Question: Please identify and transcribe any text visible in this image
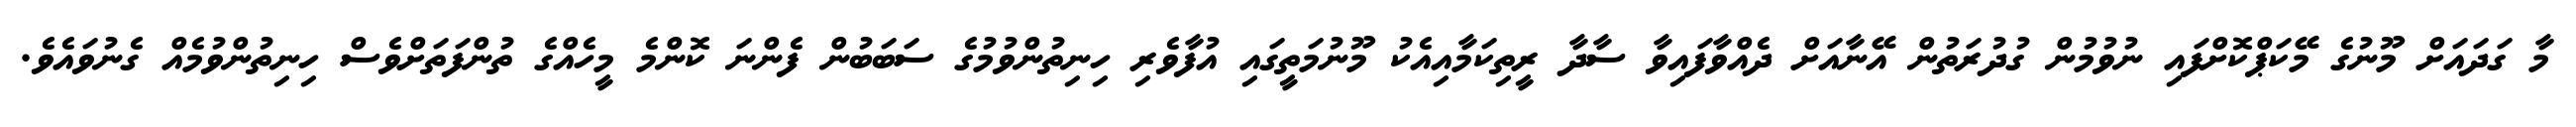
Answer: މާ ގަދައަށް މޫނުގެ މޭކަޕްކޮށްފައި ނުވުމުން ގުދުރަތުން އޭނާއަށް ދެއްވާފައިވާ ސާދާ ރީތިކަމާއިއެކު މޫނުމަތީގައި އުފާވެރި ހިނިތުންވުމުގެ ސަބަބުން ފެންނަ ކޮންމެ މީހެއްގެ ތުންފަތަށްވެސް ހިނިތުންވުމެއް ގެނުވައެވެ.